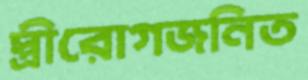
স্ত্রীরোগজনিত